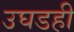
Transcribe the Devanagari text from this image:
उघडही